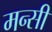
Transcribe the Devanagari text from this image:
मन्सी